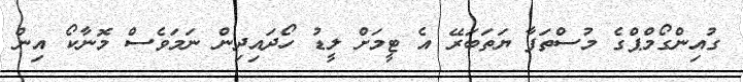
ގުއިންގޯމްޕްގެ މުސްތަފާ ޔަތަބަރޭ އެ ޓީމަށް ލީޑު ހޯދައިދިން ނަމަވެސް މޮނާކޯ އިން